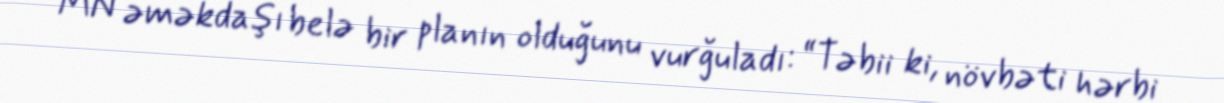
MN əməkdaşı belə bir planın olduğunu vurğuladı: “Təbii ki, növbəti hərbi